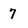
Character: 7